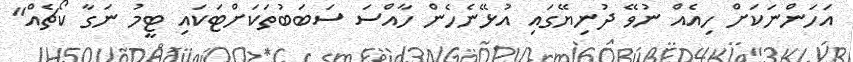
އަހަންނަކަށް ހިއެއް ނުވޭ ދުނިޔޭގައި އުޅޭނެހެން ހާއްސަ ސަބަބުތަކަށްޓަކައި ޓީމު ނަގާ ކޯޗެއް"